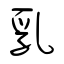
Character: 乳